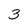
Character: 3